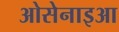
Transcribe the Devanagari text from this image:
ओसेनाइआ